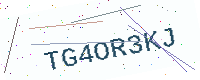
Text: TG4OR3KJ